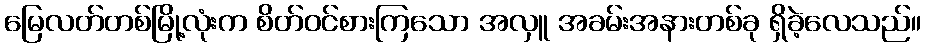
မြေလတ်တစ်မြို့လုံးက စိတ်ဝင်စားကြသော အလှူ အခမ်းအနားတစ်ခု ရှိခဲ့လေသည်။